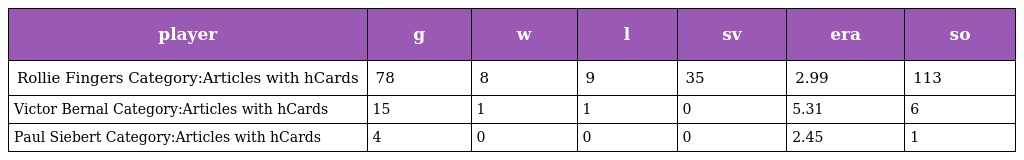
| player | g | w | l | sv | era | so |
 | --- | --- | --- | --- | --- | --- | --- |
 | Rollie Fingers Category:Articles with hCards | 78 | 8 | 9 | 35 | 2.99 | 113 |
 | Victor Bernal Category:Articles with hCards | 15 | 1 | 1 | 0 | 5.31 | 6 |
 | Paul Siebert Category:Articles with hCards | 4 | 0 | 0 | 0 | 2.45 | 1 |